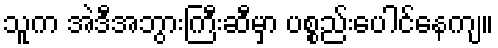
သူက အဲဒီအဘွားကြီးဆီမှာ ပစ္စည်းပေါင်နေကျ။